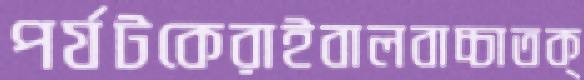
পর্যটকেরাইবালবাচ্চাতক্